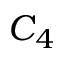
C _ { 4 }